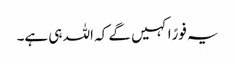
یہ فورًاکہیں گے کہ اللہ ہی ہے۔